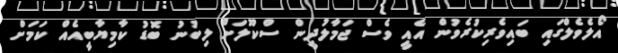
އޯލެވެލްގައި ބައިވެރިކުރެވުން އެއީ ވެސް ޖަމާލުދީން ސްކޫލަށް ލިބުނު ބޮޑު ކާމިޔާބީއެއް ކަމަށް